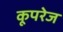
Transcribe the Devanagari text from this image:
कूपरेज